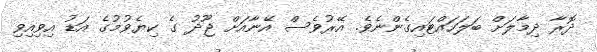
ދޮރާ ދިމާލަށް ބަލަހައްޓައިގެންނެވެ. އޭރުވެސް އޭނާއަށް ޖޫދު ގެ ކިޔެވުމުގެ އަޑު އިވިއިވި